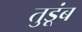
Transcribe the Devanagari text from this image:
तुडूंब